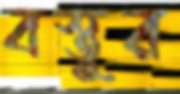
বস্তুর